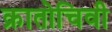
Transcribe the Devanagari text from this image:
क्रातोचिवी